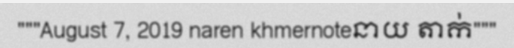
"""August 7, 2019 naren khmernoteនាយ តាក់"""